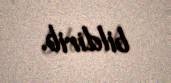
bildirib.